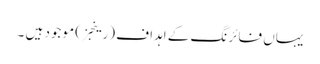
یہاں فائرنگ کے اہداف (رینجز) موجود ہیں ۔